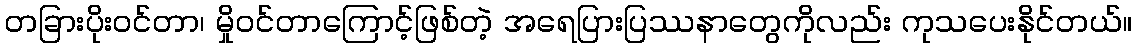
တခြားပိုးဝင်တာ၊ မှိုဝင်တာကြောင့်ဖြစ်တဲ့ အရေပြားပြဿနာတွေကိုလည်း ကုသပေးနိုင်တယ်။